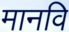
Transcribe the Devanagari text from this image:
मानवि